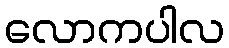
လောကပါလ